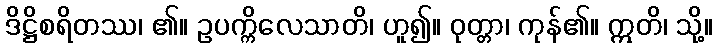
ဒိဋ္ဌိစရိတဿ၊ ၏။ ဥပက္ကိလေသာတိ၊ ဟူ၍။ ဝုတ္တာ၊ ကုန်၏။ ဣတိ၊ သို့။